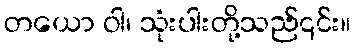
တယော ဝါ၊ သုံးပါးတို့သည်၎င်း။